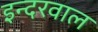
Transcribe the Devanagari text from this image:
इन्दरवाल